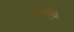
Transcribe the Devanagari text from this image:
अंतर्भागातून